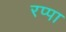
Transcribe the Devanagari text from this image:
रप्पा